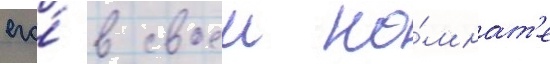
его́ в своеи ко́мнат'е